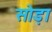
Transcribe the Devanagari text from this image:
सोड़ा